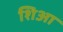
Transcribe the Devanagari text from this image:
शिआ